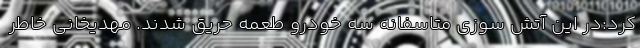
کرد:در این آتش سوزی متاسفانه سه خودرو طعمه حریق شدند. مهدیخانی خاطر